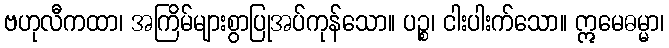
ဗဟုလီကထာ၊ အကြိမ်များစွာပြုအပ်ကုန်သော။ ပဉ္စ၊ ငါးပါးက်သော။ ဣမေဓမ္မာ၊